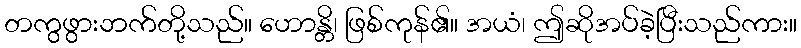
တကွဖွားဘက်တို့သည်။ ဟောန္တိ၊ ဖြစ်ကုန်၏။ အယံ၊ ဤဆိုအပ်ခဲ့ပြီးသည်ကား။